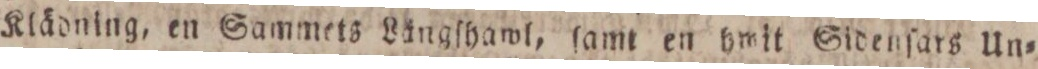
Klädning, en Sammets Längſhawl, ſamt en hwit Sidenſars Un=